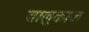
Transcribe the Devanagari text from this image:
तालुकाज